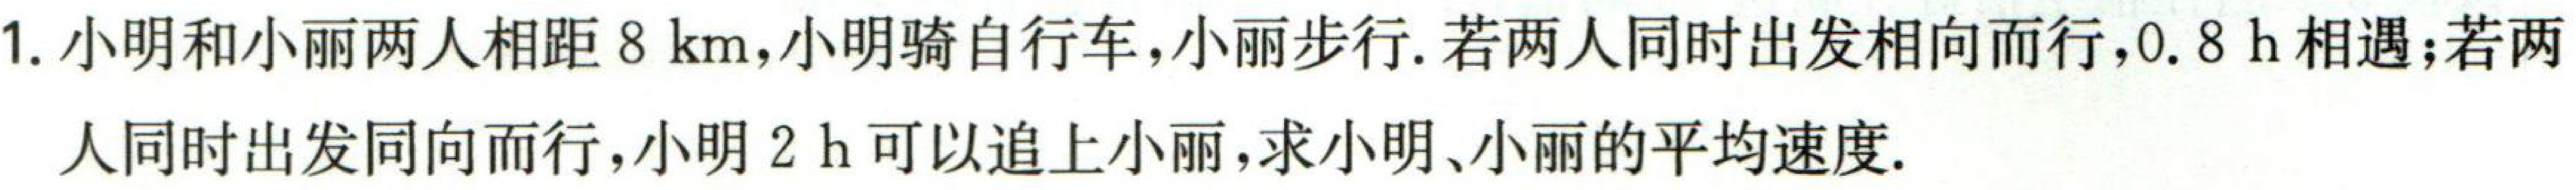
1. 小明和小丽两人相距\(8\mathrm{km}\)，小明骑自行车，小丽步行. 若两人同时出发相向而行，\(0.8\mathrm{h}\)相遇；若两人同时出发同向而行，小明\(2\mathrm{h}\)可以追上小丽，求小明、小丽的平均速度.